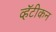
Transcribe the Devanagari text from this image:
व्हॅटीकन